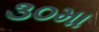
૩૦મા